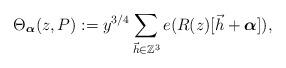
LaTeX: \begin{align*}\Theta_{\boldsymbol{\alpha}}(z,P):=y^{3/4}\sum_{\vec{h}\in \mathbb{Z}^3} e(R(z)[\vec{h}+\boldsymbol{\alpha}]),\end{align*}